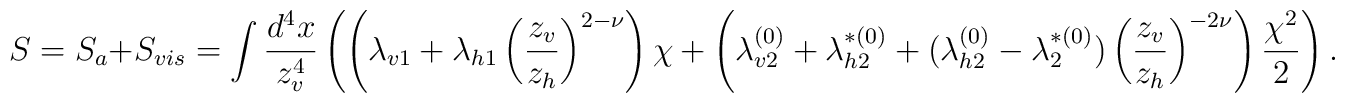
S = S_{a}+S_{vis} = \int\frac{d^4x}{z_v^4} \left( \left(\lambda_{v1} +\lambda_{h1} \left(\frac{z_v}{z_h} \right)^{2-\nu} \right) \chi + \left( \lambda_{v2}^{(0)} + \lambda_{h2}^{*(0)} + (\lambda^{ (0)}_{h2}-\lambda_{2}^{*(0)}) \left(\frac{z_v}{z_h} \right)^{-2\nu} \right) \frac{\chi^2}{2} \right).